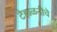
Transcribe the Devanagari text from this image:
टेहाळनीचे